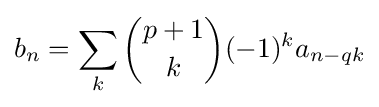
b_{n}=\sum _{k}{\binom {p+1}{k}}(-1)^{k}a_{n-qk}